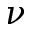
\nu